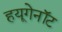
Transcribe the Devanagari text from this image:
हयूगेनॉट